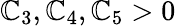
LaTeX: \mathbb{C}_{3},\mathbb{C}_{4},\mathbb{C}_{5}>0